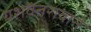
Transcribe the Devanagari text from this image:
यशवंतरावाने